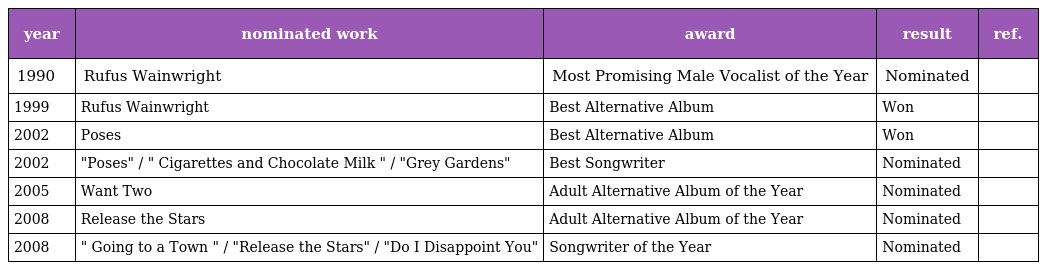
| year | nominated work | award | result | ref. |
 | --- | --- | --- | --- | --- |
 | 1990 | Rufus Wainwright | Most Promising Male Vocalist of the Year | Nominated |  |
 | 1999 | Rufus Wainwright | Best Alternative Album | Won |  |
 | 2002 | Poses | Best Alternative Album | Won |  |
 | 2002 | "Poses" / " Cigarettes and Chocolate Milk " / "Grey Gardens" | Best Songwriter | Nominated |  |
 | 2005 | Want Two | Adult Alternative Album of the Year | Nominated |  |
 | 2008 | Release the Stars | Adult Alternative Album of the Year | Nominated |  |
 | 2008 | " Going to a Town " / "Release the Stars" / "Do I Disappoint You" | Songwriter of the Year | Nominated |  |